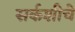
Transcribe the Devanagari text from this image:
सर्कशीचे